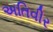
અતિવીર